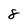
Character: 8